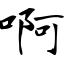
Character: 啊